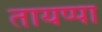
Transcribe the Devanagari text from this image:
तायप्पा